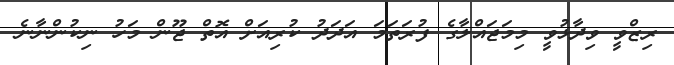
ރިޒްވީ ވިދާޅުވީ މިމަޖައްލާގެ ފުރަތަމަ އަދަދު ކުރިއަށް އޮތް ޖޫން މަހު ނިކުންނާނެ